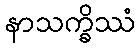
နာသက္ခိဿံ